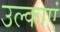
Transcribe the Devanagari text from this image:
उल्काएं